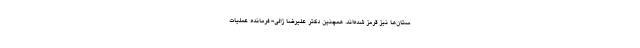
ستان‌ها نیز قرمز شده‌اند. همچنین دکتر علیرضا زالی- فرمانده عملیات